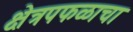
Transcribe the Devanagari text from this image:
क्षेत्रपफळाचा